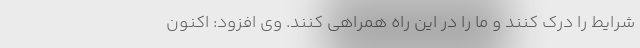
شرایط را درک کنند و ما را در این راه همراهی کنند. وی افزود: اکنون